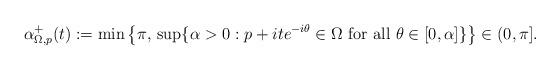
LaTeX: \begin{align*}\alpha^+_{\Omega,p}(t):=\min\big\{\pi,\,\sup\{\alpha> 0:p+ite^{-i\theta}\in \Omega \mathrm{\ for\ all\ } \theta\in[0,\alpha]\}\big\}\in(0,\pi].\end{align*}